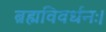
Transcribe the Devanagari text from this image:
ब्रह्मविवर्धनः।